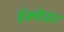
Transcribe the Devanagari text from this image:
ईक्वेडर